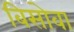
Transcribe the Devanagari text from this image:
बिसोवा